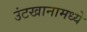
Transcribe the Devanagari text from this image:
उंटखानामध्ये